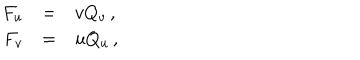
\begin{array} { r c l } { { F _ { u } } } & { { = } } & { { v Q _ { v } \, , } } \\ { { F _ { v } } } & { { = } } & { { u Q _ { u } \, , } } \\ \end{array}